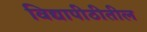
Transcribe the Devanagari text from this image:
विद्यापीठीतील